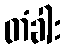
တံခါး